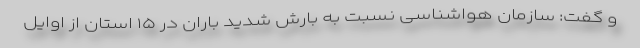
و گفت: سازمان هواشناسی نسبت به بارش شدید باران در ۱۵ استان از اوایل